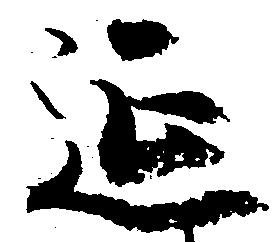
延